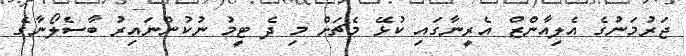
ޖަރުމަނުގެ އެލިއާންޒް އެރީނާގައި ކުޅޭ މެޗަށް މި ދެ ޓީމު ނުކުންނައިރު ބާސެލޯނާގެ